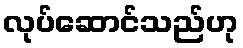
လုပ်ဆောင်သည်ဟု